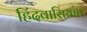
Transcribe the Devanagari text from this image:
हिंदवासियांत